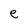
Character: e